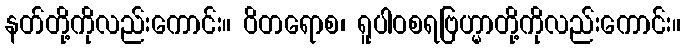
နတ်တို့ကိုလည်းကောင်း။ ဝိတရောစ၊ ရူပါဝစရဗြဟ္မာတို့ကိုလည်းကောင်း။